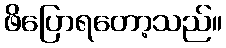
ဖိပြောရတော့သည်။